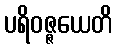
ပရိဝဇ္ဇယေတိ